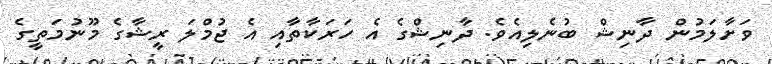
ވަށާލަމުން ދާނިޝް ބުނެލިއެވެ. ދާނިޝްގެ އެ ހަރަކާތާއި އެ ޖުމްލަ ރީޝާގެ މޫނުމަތީގެ